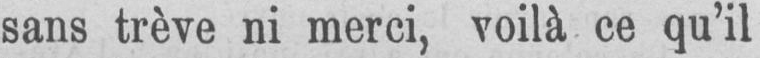
sans trêve ni merci, voilà ce qu’il